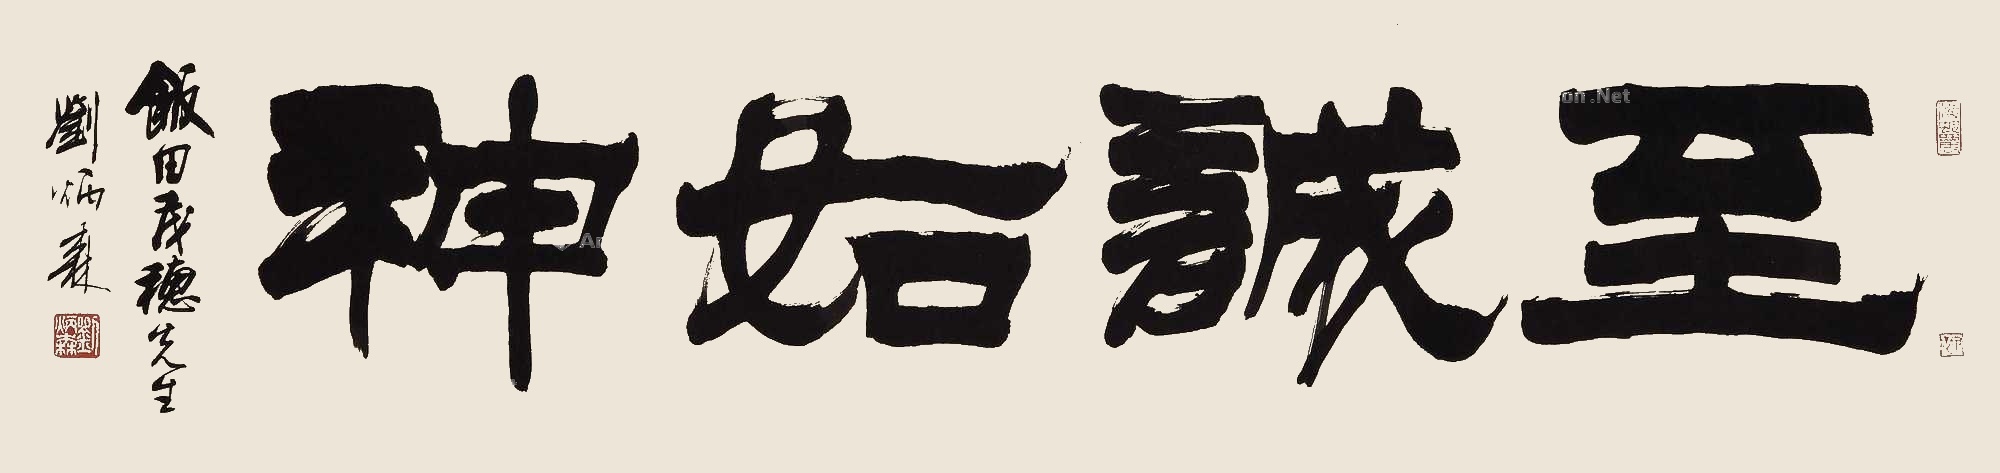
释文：至诚如神饭田茂穗先生，刘炳森。